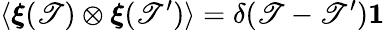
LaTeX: \langle\boldsymbol{\xi}(\mathscr{T})\otimes\boldsymbol{\xi}(\mathscr{T}^{\prime})\rangle=\delta(\mathscr{T}-\mathscr{T}^{\prime})\boldsymbol{\mathrm{{1}}}